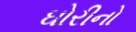
ઘોરીનો